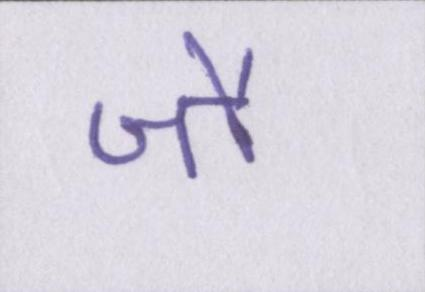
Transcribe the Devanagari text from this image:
जौ